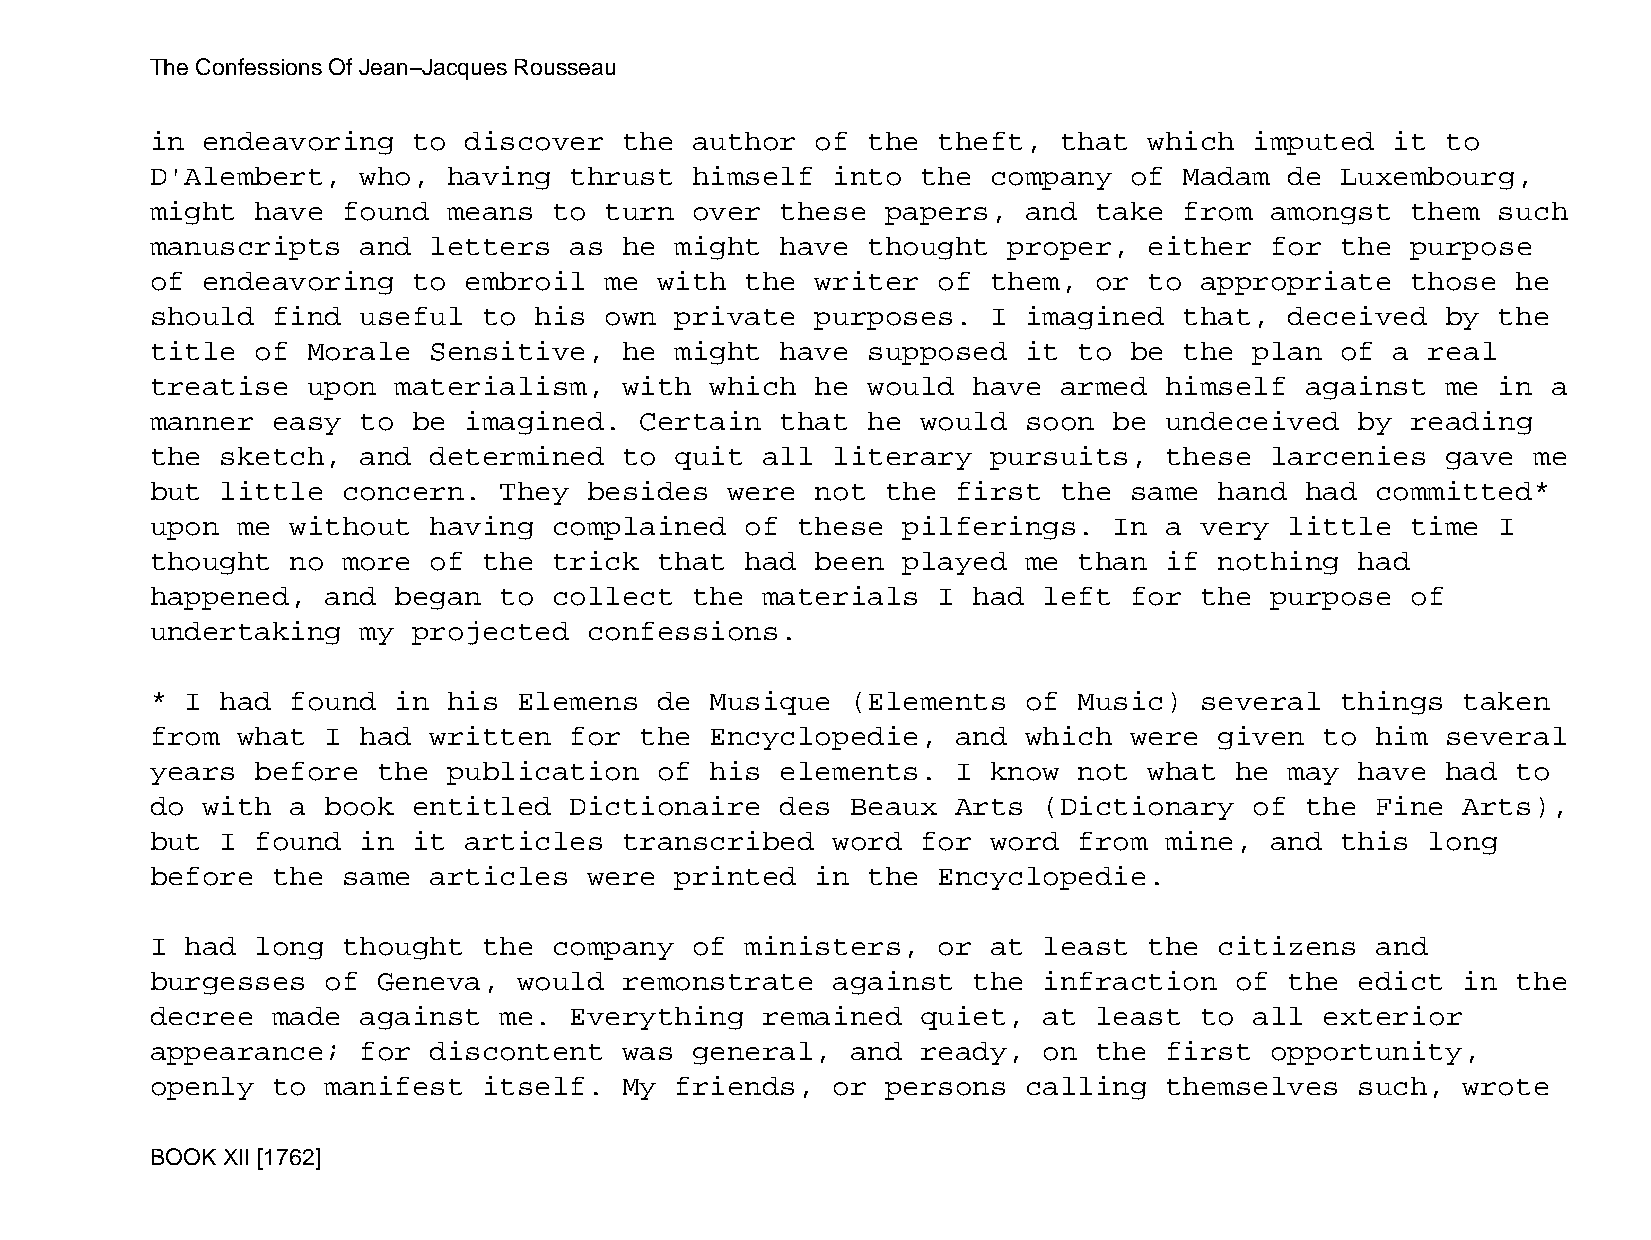
The Confessions Of Jean−Jacques Rousseau
 in endeavoring   to  discover  the  author  of the  theft,  that  which  imputed  it  to
 D'Alembert,   who,  having  thrust  himself  into  the  company  of Madam  de  Luxembourg,
 might  have  found  means  to turn  over  these  papers,  and take  from  amongst  them  such
 manuscripts   and letters   as he  might  have thought   proper,  either  for  the purpose
 of endeavoring   to  embroil  me  with the  writer  of  them, or  to appropriate   those  he
 should  find  useful  to his  own  private  purposes.   I imagined  that,  deceived   by the
 title  of Morale  Sensitive,   he  might  have supposed   it to  be the  plan  of a  real
 treatise  upon  materialism,   with  which  he would  have  armed  himself  against   me in  a
 manner  easy  to be  imagined.  Certain   that he  would  soon  be undeceived   by reading
 the  sketch,  and determined   to  quit all  literary   pursuits,  these  larcenies   gave me
 but  little  concern.  They  besides  were  not  the first  the  same  hand had  committed*
 upon  me without  having   complained  of  these  pilferings.   In a very  little  time  I
 thought  no  more of  the  trick  that had  been  played  me than  if  nothing  had
 happened,   and began  to  collect  the materials   I had  left  for the  purpose  of
 undertaking   my projected   confessions.
 * I  had found  in  his Elemens   de Musique  (Elements   of Music)  several   things  taken
 from  what  I had written   for the  Encyclopedie,   and  which  were  given  to him  several
 years  before  the  publication   of his  elements.  I  know not  what  he may  have  had to
 do with  a  book entitled   Dictionaire   des Beaux  Arts  (Dictionary   of the  Fine  Arts),
 but  I found  in it  articles  transcribed   word  for  word from  mine,  and  this  long
 before  the  same articles   were  printed  in the  Encyclopedie.
 I had  long  thought  the  company  of ministers,   or  at least  the  citizens  and
 burgesses   of Geneva,  would  remonstrate   against  the  infraction   of the  edict  in the
 decree  made  against  me.  Everything  remained   quiet,  at least  to  all  exterior
 appearance;   for discontent   was  general,  and  ready,  on the  first  opportunity,
 openly  to  manifest  itself.  My  friends,  or  persons  calling  themselves   such,  wrote
 BOOK XII [1762]